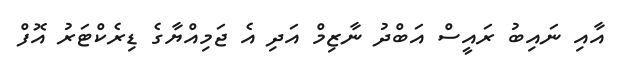
އާއި ނައިބު ރައީސް އަބްދު ނާޒިމް އަދި އެ ޖަމިއްޔާގެ ޑިރެކްޓަރު އޮފް